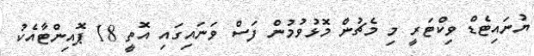
ޔުނައިޓެޑް ވިކްޓަރީ މި މެޗުން މޮޅުވުމުން ފަސް ވަނައިގައި އޮތީ 18 ޕޮއިންޓާއެކު